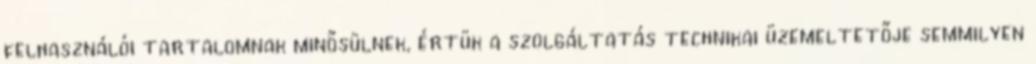
felhasználói tartalomnak minősülnek, értük a szolgáltatás technikai üzemeltetője semmilyen